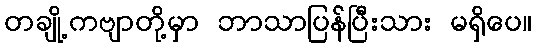
တချို့ကဗျာတို့မှာ ဘာသာပြန်ပြီးသား မရှိပေ။